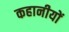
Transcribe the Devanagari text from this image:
कहानीयों